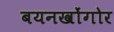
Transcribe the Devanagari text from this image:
बयनखोंगोर